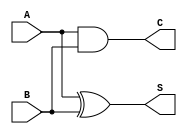
module halfAdder (A , B , S , C );
    input A , B; 
    output S , C;
    xor ( S , A , B );
    and ( C , A , B );
endmodule